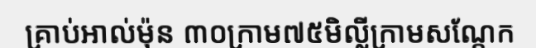
គ្រាប់អាល់ម៉ុន ៣០ក្រាម៧៥មិល្លីក្រាមសណ្តែក